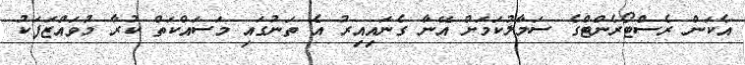
އެކަން ރެސްޓޯރެންޓްގެ ސަމާލުކަމަށް އޭނާ ގެނައިއިރު އެ ތަނުގައި މަސައްކަތް ކުރާ މުވައްޒަފަކު